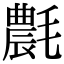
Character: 𣰊